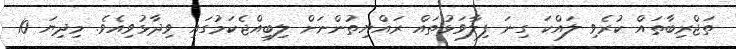
ތަޖްރިބާތައް ކުރެވި ލައްކަ ގިނަ ފިލާވަޅުތައް ރައްޔިތުންނަށް ލިބިއްޖެކަމުގައި ވިދާޅުވިއެވެ. މިދިޔަ 10